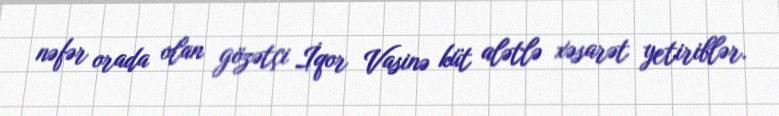
nəfər orada olan gözətçi İqor Vasinə küt alətlə xəsarət yetiriblər.